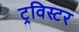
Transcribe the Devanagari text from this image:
ट्रविस्टर